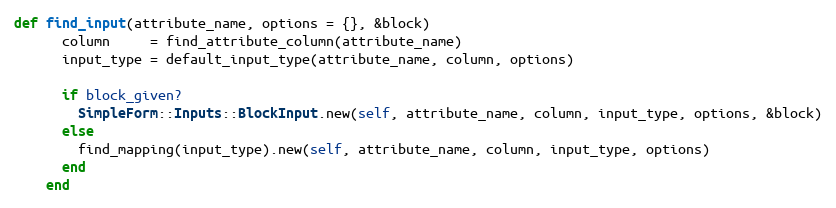
Language: Ruby
def find_input(attribute_name, options = {}, &block)
      column     = find_attribute_column(attribute_name)
      input_type = default_input_type(attribute_name, column, options)

      if block_given?
        SimpleForm::Inputs::BlockInput.new(self, attribute_name, column, input_type, options, &block)
      else
        find_mapping(input_type).new(self, attribute_name, column, input_type, options)
      end
    end